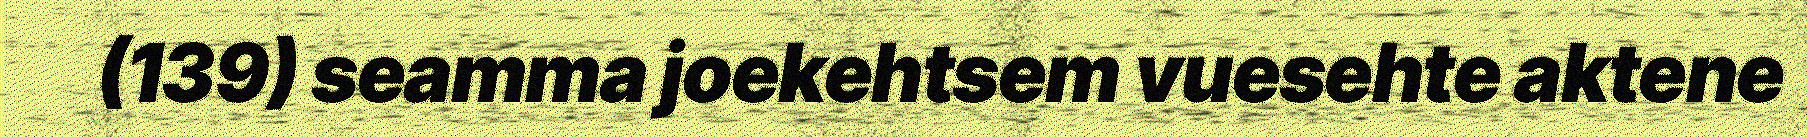
(139) seamma joekehtsem vuesehte aktene